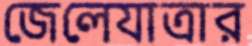
জেলেযাত্রার